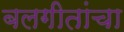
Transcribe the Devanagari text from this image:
बलगीतांचा